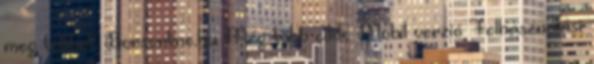
meg többet. Borsonline.hu Még több cikk. Mobil verzió Felhasználási